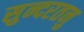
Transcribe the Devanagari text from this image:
सुन्दरतनु